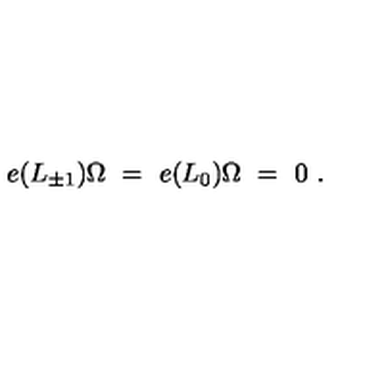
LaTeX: e ( L _ { \pm 1 } ) \Omega \ = \ e ( L _ { 0 } ) \Omega \ = \ 0 \ .